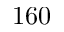
1 6 0